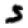
Digit: 5